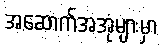
အဆောက်အအုံများမှာ